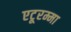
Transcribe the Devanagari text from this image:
एटूरम्मा